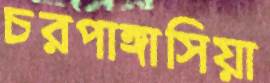
চরপাঙ্গাসিয়া